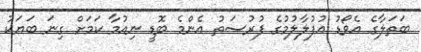
ބަތަލާގެ އެވޯޑު އުފުލާލުމުގެ ފުރުސަތު އެންމެ ބޮޑީ ނިއުމާ ކަމަށް ގިނަ ބަޔަކު